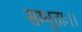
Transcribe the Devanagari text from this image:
सम्भूताः।।